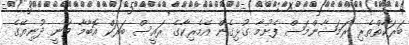
ބަރަކާތްތެރި ރަމަޟާންމަސް ފެށުމާ ގުޅިގެން އެމެރިކާގެ ރައީސް ބަރަކް އޮބާމާ ވަނީ ދުނިޔޭގެ